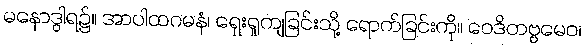
မနောဒွါရ၌။ အာပါထဂမနံ၊ ရှေးရှုကျခြင်းသို့ ရောက်ခြင်းကို။ ဝေဒိတဗ္ဗမေဝ၊